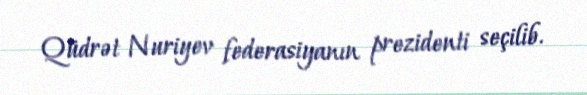
Qüdrət Nuriyev federasiyanın prezidenti seçilib.